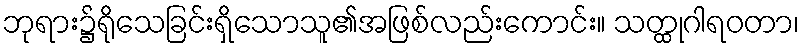
ဘုရား၌ရိုသေခြင်းရှိသောသူ၏အဖြစ်လည်းကောင်း။ သတ္ထုဂါရဝတာ၊